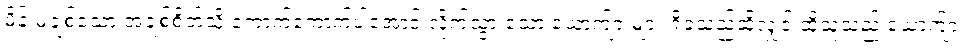
မိန်းမချစ်သော အချစ်စိတ်သို့ ကောက်ကောက်ပါအောင် လိုက်သွားသော ယောက်ျားများ ရှိခဲ့သည်ဆိုလျှင် ထိုသူသည် ယောက်ျား